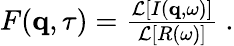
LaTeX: \begin{array}{r}{F(\mathbf{q},\tau)=\frac{\mathcal{L}\left[I(\mathbf{q},\omega)\right]}{\mathcal{L}\left[R(\omega)\right]}\ .}\end{array}